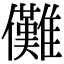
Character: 儺